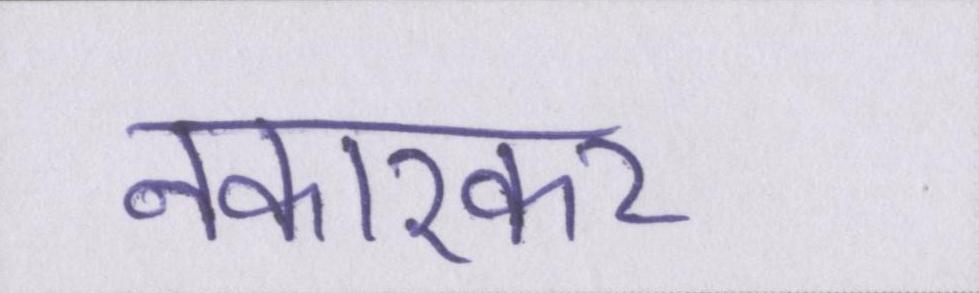
नकारकर